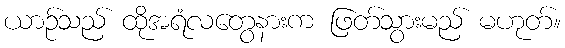
ယာဉ်သည် ထိုအရံလတွေနားက ဖြတ်သွားမည် မဟုတ်။